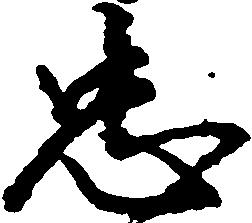
忠